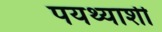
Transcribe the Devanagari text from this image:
पयथ्याशी